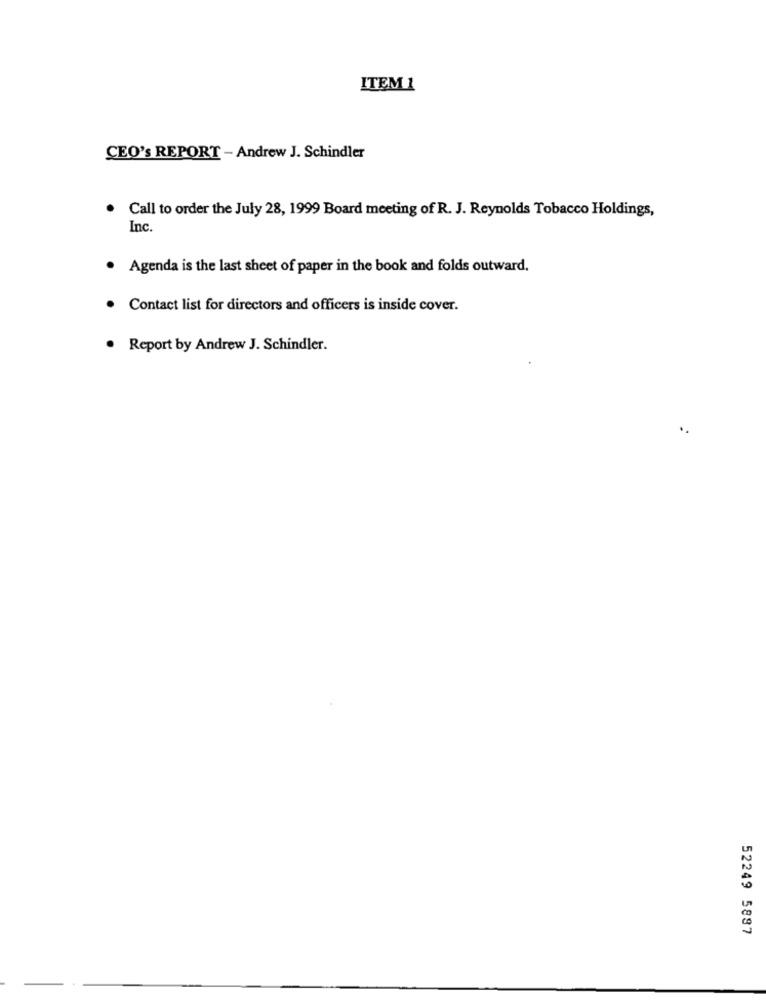
ITEM 1
CEO's REPORT - Andrew J. Schindler
. Call to order the July 28, 1999 Board meeting of R. J. Reynolds Tobacco Holdings,
Inc.
Agenda is the last sheet of paper in the book and folds outward.
Contact list for directors and officers is inside cover.
. Report by Andrew J. Schindler.
52249 5887